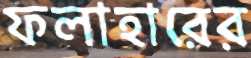
ফলাহারের